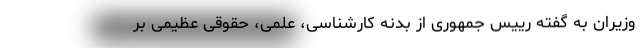
وزیران به گفته رییس جمهوری از بدنه کارشناسی، علمی، حقوقی عظیمی بر